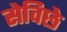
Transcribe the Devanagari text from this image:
सेविछे